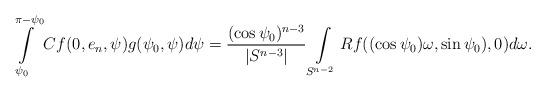
LaTeX: \begin{align*}\int\limits_{\psi_0}^{\pi-\psi_0} Cf(0, e_n, \psi)g(\psi_0,\psi)d\psi= \frac{(\cos\psi_0)^{n-3}}{|S^{n-3}|}\int\limits_{S^{n-2}}Rf((\cos\psi_0)\omega,\sin \psi_0),0)d\omega.\end{align*}